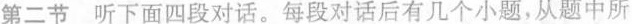
第二节 听下面四段对话。每段对话后有几个小题，从题中所